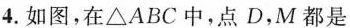
4.如图，在\triangle ABC中，点D，M都是